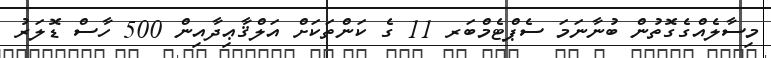
މިސާލެއްގެގޮތުން ބުނާނަމަ ސެޕްޓެމްބަރ 11 ގެ ކަންތަކަށް އަލްޤާޢިދާއިން 500 ހާސް ޑޮލަރު